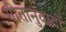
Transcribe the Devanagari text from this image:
गीतानुवादों